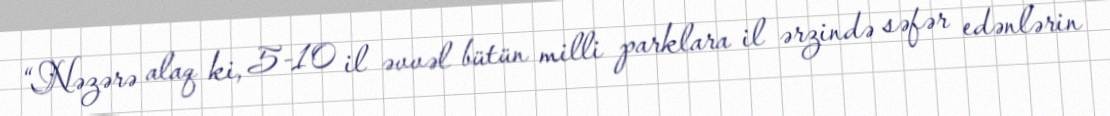
“Nəzərə alaq ki, 5-10 il əvvəl bütün milli parklara il ərzində səfər edənlərin